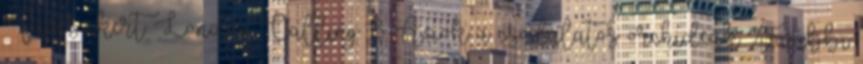
Füvészkert London Calling 13: Azok a csodálatos orchideák További